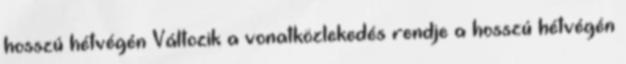
hosszú hétvégén Változik a vonatközlekedés rendje a hosszú hétvégén